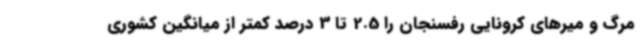
مرگ و میرهای کرونایی رفسنجان را 2.5 تا 3 درصد کمتر از میانگین کشوری